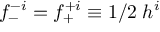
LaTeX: f _ { - } ^ { - i } = f _ { + } ^ { + i } \equiv 1 / 2 \; h ^ { i }